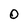
Character: O